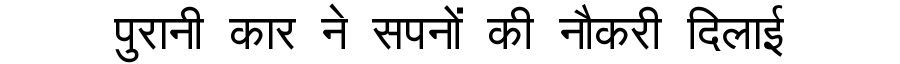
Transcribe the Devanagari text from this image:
पुरानी कार ने सपनों की नौकरी दिलाई